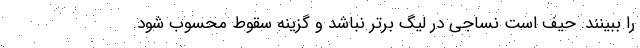
را ببینند. حیف است نساجی در لیگ برتر نباشد و گزینه سقوط محسوب شود.